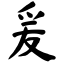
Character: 爰